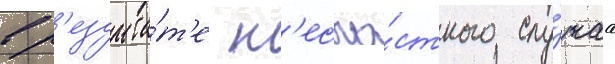
в р'езульта́т'е н'есча́стного слу́чаа